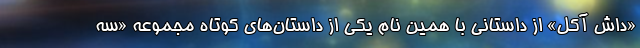
«داش آکل» از داستاني با همين نام یکی از داستان‌های کوتاهِ مجموعه «سه‌